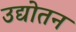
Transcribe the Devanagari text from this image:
उद्योतन